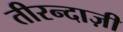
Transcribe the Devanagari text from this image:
तीरन्दाज़ी